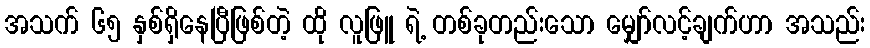
အသက် ၆၅ နှစ်ရှိနေပြီဖြစ်တဲ့ ထို လူဖြူ ရဲ့ တစ်ခုတည်းသော မျှော်လင့်ချက်ဟာ အသည်း